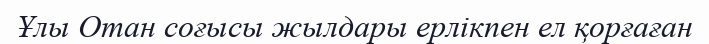
Ұлы Отан соғысы жылдары ерлікпен ел қорғаған